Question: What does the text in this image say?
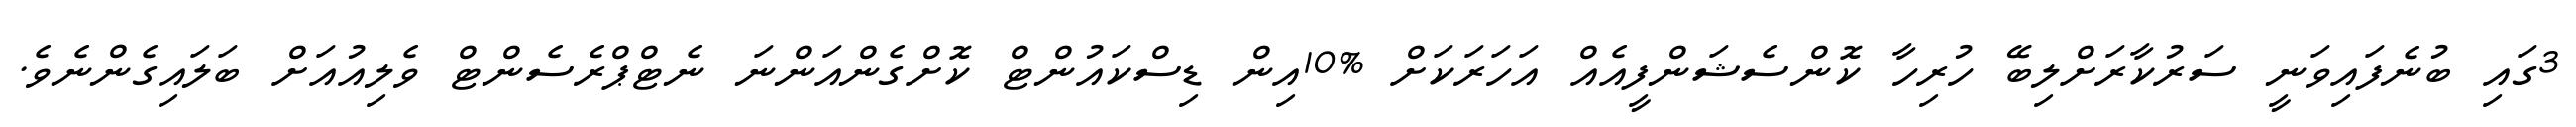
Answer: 3ގައި ބުނެފައިވަނީ ސަރުކާރަށްލިބޭ ހުރިހާ ކޮންސެޝަންފީއެއް އަހަރަކަށް %10އިން ޑިސްކައުންޓް ކޮށްގެންއަންނަ ނެޓްޕްރެސެންޓް ވެލިއުއަށް ބަލައިގެންނެވެ.